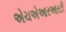
એચએઆરઆરટી